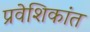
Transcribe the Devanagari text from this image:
प्रवेशिकांत